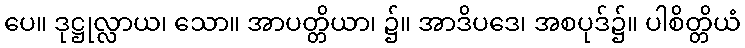
ပေ။ ဒုဋ္ဌုလ္လာယ၊ သော။ အာပတ္တိယာ၊ ၌။ အာဒိပဒေ၊ အစပုဒ်၌။ ပါစိတ္တိယံ